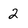
Character: 2